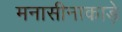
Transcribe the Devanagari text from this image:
मनासीनाकाड़े